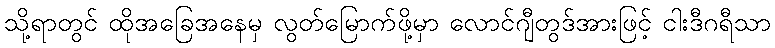
သို့ရာတွင် ထိုအခြေအနေမှ လွတ်မြောက်ဖို့မှာ လောင်ဂျီတွဒ်အားဖြင့် ငါးဒီဂရီသာ